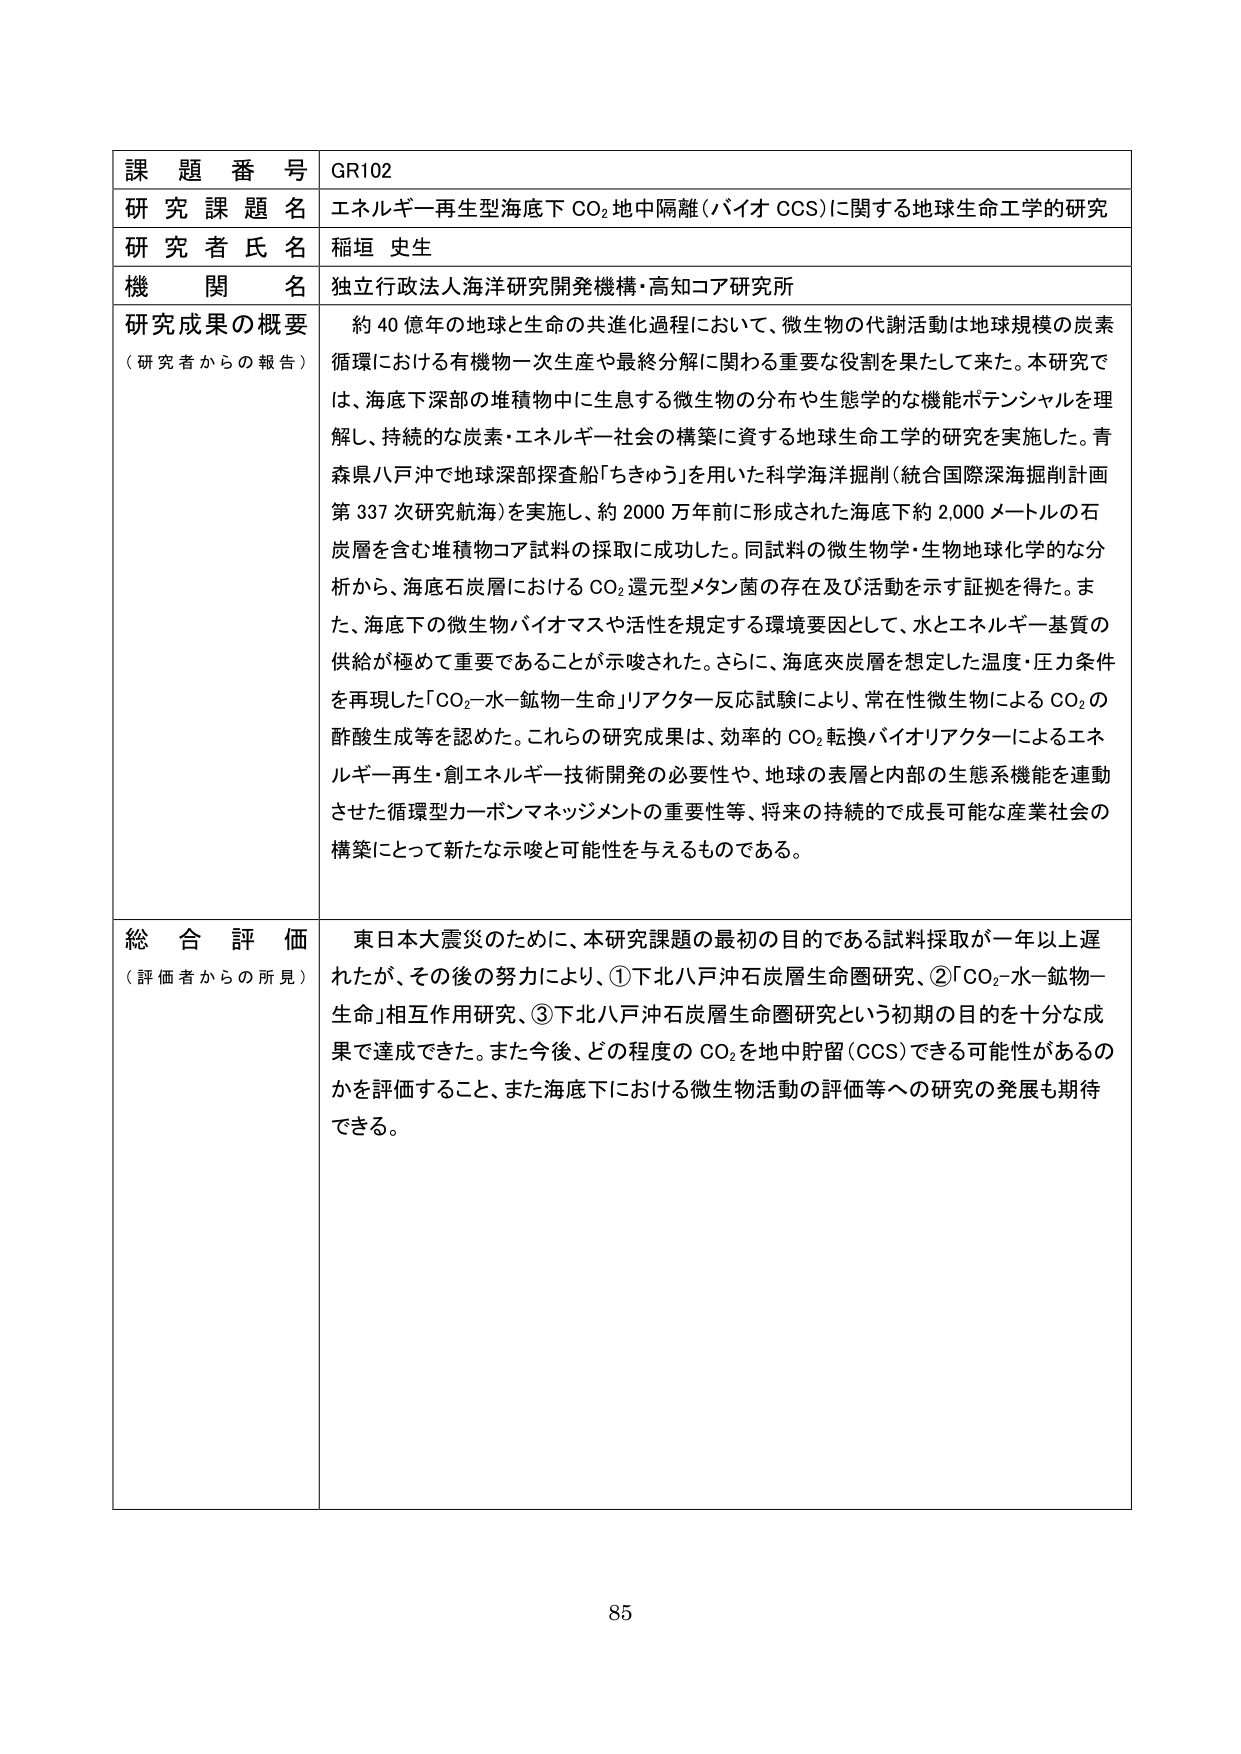
課題番号 GR102
研究課題名 エネルギー再生型海底下 CO₂ 地中隔離（バイオ CCS）に関する地球生命工学的研究
研究者氏名 稲垣 史生
機関名 独立行政法人海洋研究開発機構・高知コア研究所

研究成果の概要
（研究者からの報告）
約 40 億年の地球と生命の共進化過程において、微生物の代謝活動は地球規模の炭素循環における有機物一次生産や最終分解に関わる重要な役割を果たして来た。本研究では、海底下深部の堆積物中に生息する微生物の分布や生態学的な機能ポテンシャルを理解し、持続的な炭素・エネルギー社会の構築に資する地球生命工学的研究を実施した。青森県八戸沖で地球深部探査船「ちきゅう」を用いた科学海洋掘削（統合国際深海掘削計画第 337 次研究航海）を実施し、約 2000 万年前に形成された海底下約 2,000 メートルの石炭層を含む堆積物コア試料の採取に成功した。同試料の微生物学・生物地球化学的な分析から、海底石炭層における CO₂ 還元型メタン菌の存在及び活動を示す証拠を得た。また、海底下の微生物バイオマスや活性を規定する環境要因として、水とエネルギー基質の供給が極めて重要であることが示唆された。さらに、海底夾炭層を想定した温度・圧力条件を再現した「CO₂-水-鉱物-生命」リアクター反応試験により、常在性微生物による CO₂ の酢酸生成等を認めた。これらの研究成果は、効率的 CO₂ 転換バイオリアクターによるエネルギー再生・創エネルギー技術開発の必要性や、地球の表層と内部の生態系機能を連動させた循環型カーボンマネジメントの重要性等、将来の持続的で成長可能な産業社会の構築にとって新たな示唆と可能性を与えるものである。

総合評価
（評価者からの所見）
東日本大震災のために、本研究課題の最初の目的である試料採取が一年以上遅れたが、その後の努力により、①下北八戸沖石炭層生命圏研究、②「CO₂-水-鉱物-生命」相互作用研究、③下北八戸沖石炭層生命圏研究という初期の目的を十分な成果で達成できた。また今後、どの程度の CO₂ を地中貯留（CCS）できる可能性があるのかを評価すること、また海底下における微生物活動の評価等への研究の発展も期待できる。

85